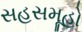
સહસમૂહો